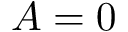
A = 0